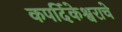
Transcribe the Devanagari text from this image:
कपर्दिकेश्वराचे